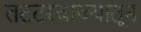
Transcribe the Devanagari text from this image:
तटदरवाज्यातून